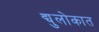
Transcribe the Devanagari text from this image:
द्युलोकात